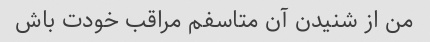
من از شنیدن آن متاسفم مراقب خودت باش